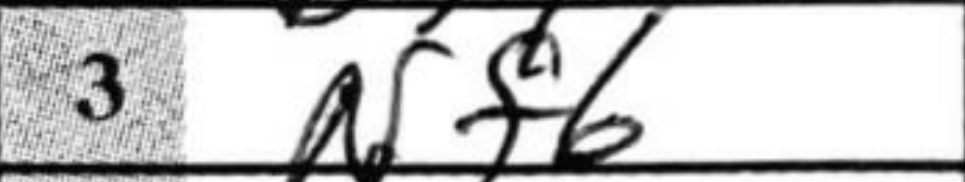
Transcription: Nf6